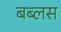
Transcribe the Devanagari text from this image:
बब्लस